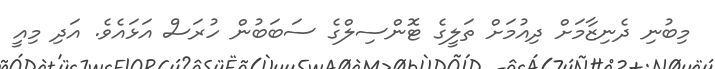
މިބުނި ދެނިޒާމަށް ދިއުމަށް ތަލީގެ ޓޮންސިލްގެ ސަބަބުން ހުރަސް އަޅައެވެ. އަދި މިއީ